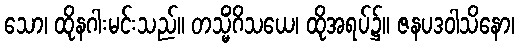
သော၊ ထိုနဂါးမင်းသည်။ တသ္မိံဂိသယေ၊ ထိုအရပ်၌။ ဇနပဒဝါသိနော၊